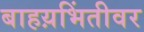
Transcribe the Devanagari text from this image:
बाहय़भिंतीवर